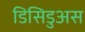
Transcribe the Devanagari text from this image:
डिसिडुअस